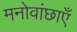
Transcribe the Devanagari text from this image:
मनोवांछाएँ